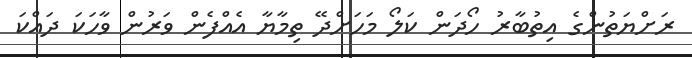
ރަށްޔަތުންގެ އިތުބާރު ހޯދަން ކަލޯ މަހަށްދޭ ތިމާޔާ އެއްފެން ވަރުން ވާހަކަ ދައްކަ